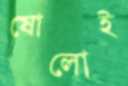
ষোলোই